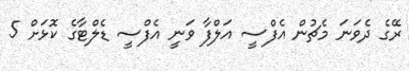
ރޭގެ ދެވަނަ މެޗުން އެފްސީ އަލްފާ ވަނީ އެފްސީ ޑެލްޓާގެ ކޮޅަށް 5